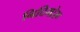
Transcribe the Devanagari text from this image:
निदिमोरू